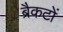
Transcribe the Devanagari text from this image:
ब्रैकटों